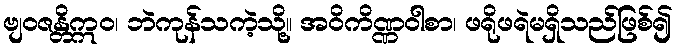
ဗျဝဇန္တိဣဝ၊ ဘဲကုန်သကဲ့သို့။ အဝိကိဏ္ဏဝါစာ၊ ဖရိုဖရဲမရှိသည်ဖြစ်၍